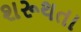
શરૂથતા